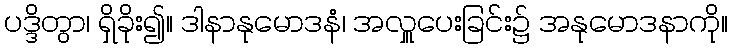
ပဒ္ဒိတွာ၊ ရှိခိုး၍။ ဒါနာနုမောဒနံ၊ အလှူပေးခြင်း၌ အနုမောဒနာကို။